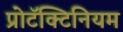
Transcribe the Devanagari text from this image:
प्रोटॅक्टिनियम